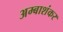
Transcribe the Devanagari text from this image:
अम्बाशंकर